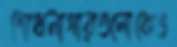
শোধনাগারগুলোকেও